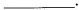
___.